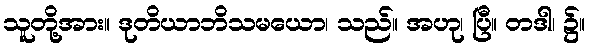
သူတို့အား။ ဒုတိယာဘိသမယော၊ သည်။ အဟု၊ ပြီ။ တဒါ၊ ၌။